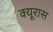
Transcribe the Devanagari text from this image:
क्यूरास